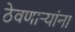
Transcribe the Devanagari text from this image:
ठेवणाऱ्यांना